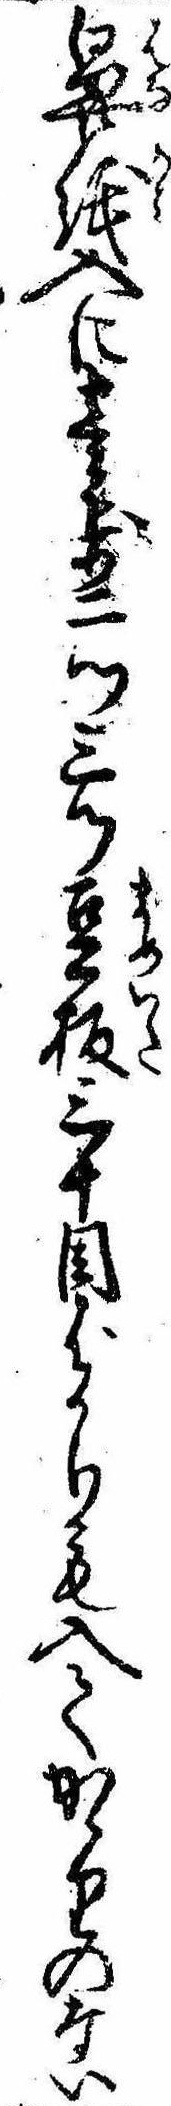
鼻紙入に壱歩二ツ三ツ豆板三十目ばかりも入てかゝりのない